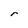
Character: r